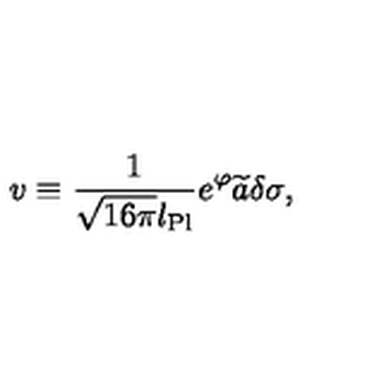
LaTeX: v \equiv { \frac { 1 } { \sqrt { 1 6 \pi } l _ { \mathrm { P l } } } } e ^ { \varphi } \widetilde { a } \delta \sigma ,